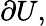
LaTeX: \partial U,